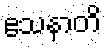
ဧသနာတိ